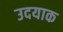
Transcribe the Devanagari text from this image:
उदयाक